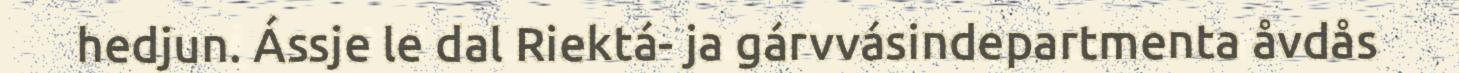
hedjun. Ássje le dal Riektá- ja gárvvásindepartmenta åvdås